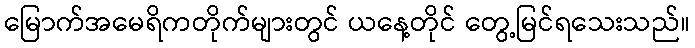
မြောက်အမေရိကတိုက်များတွင် ယနေ့တိုင် တွေ့မြင်ရသေးသည်။